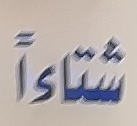
شتاءاً